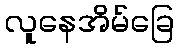
လူနေအိမ်ခြေ